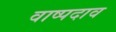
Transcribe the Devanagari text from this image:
वाष्पदाव